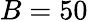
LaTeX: B=50